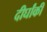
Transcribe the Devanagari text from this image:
दीर्घांकी